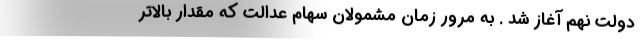
دولت نهم آغاز شد . به مرور زمان مشمولان سهام عدالت که مقدار بالاتر